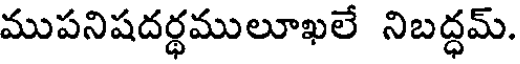
ముపనిషదర్ధములూఖలే నిబద్ధమ్.